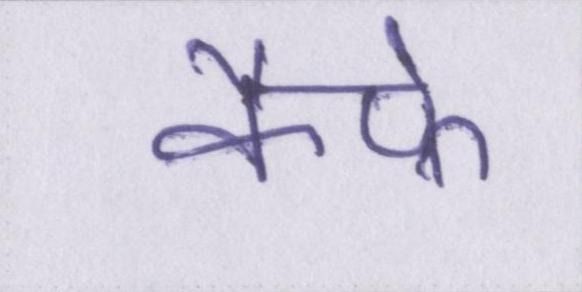
कैफ़े